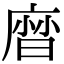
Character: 𢊓